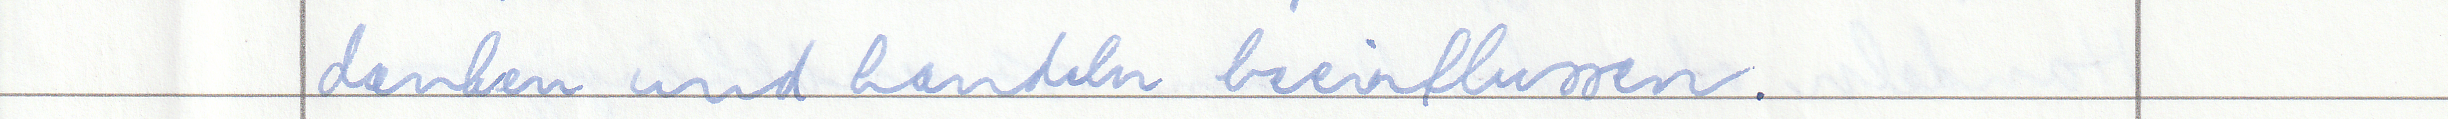
denken und handeln beeinflussen.